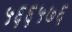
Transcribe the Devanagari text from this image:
५६६५७६